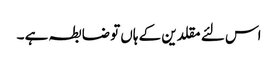
اس لئے مقلدین کے ہاں تو ضابطہ ہے ۔